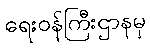
ရေးဝန်ကြီးဌာနမှ